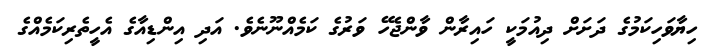
ހިޔާވަހިކަމުގެ ދަށަށް ދިއުމަކީ ހައިރާން ވާންޖެހޭ ވަރުގެ ކަމެއްނޫނެވެ. އަދި އިންޑިއާގެ އެހީތެރިކަމެއްގެ